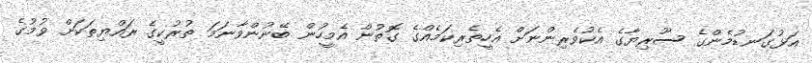
އަޅުގަނޑުމެންގެ ސޫރިޔާގެ އެކުވެރިންނަށް އެހީތެރިކަމެއްގެ ގޮތުން އެމީހުން ބޭނުންވާނަމަ ތުރުކީގެ ރައްޔިތަކަށް ވުމުގެ